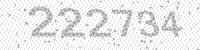
Solution: 222734